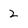
Character: 2